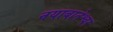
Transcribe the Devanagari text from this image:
नयाबानेश्वर